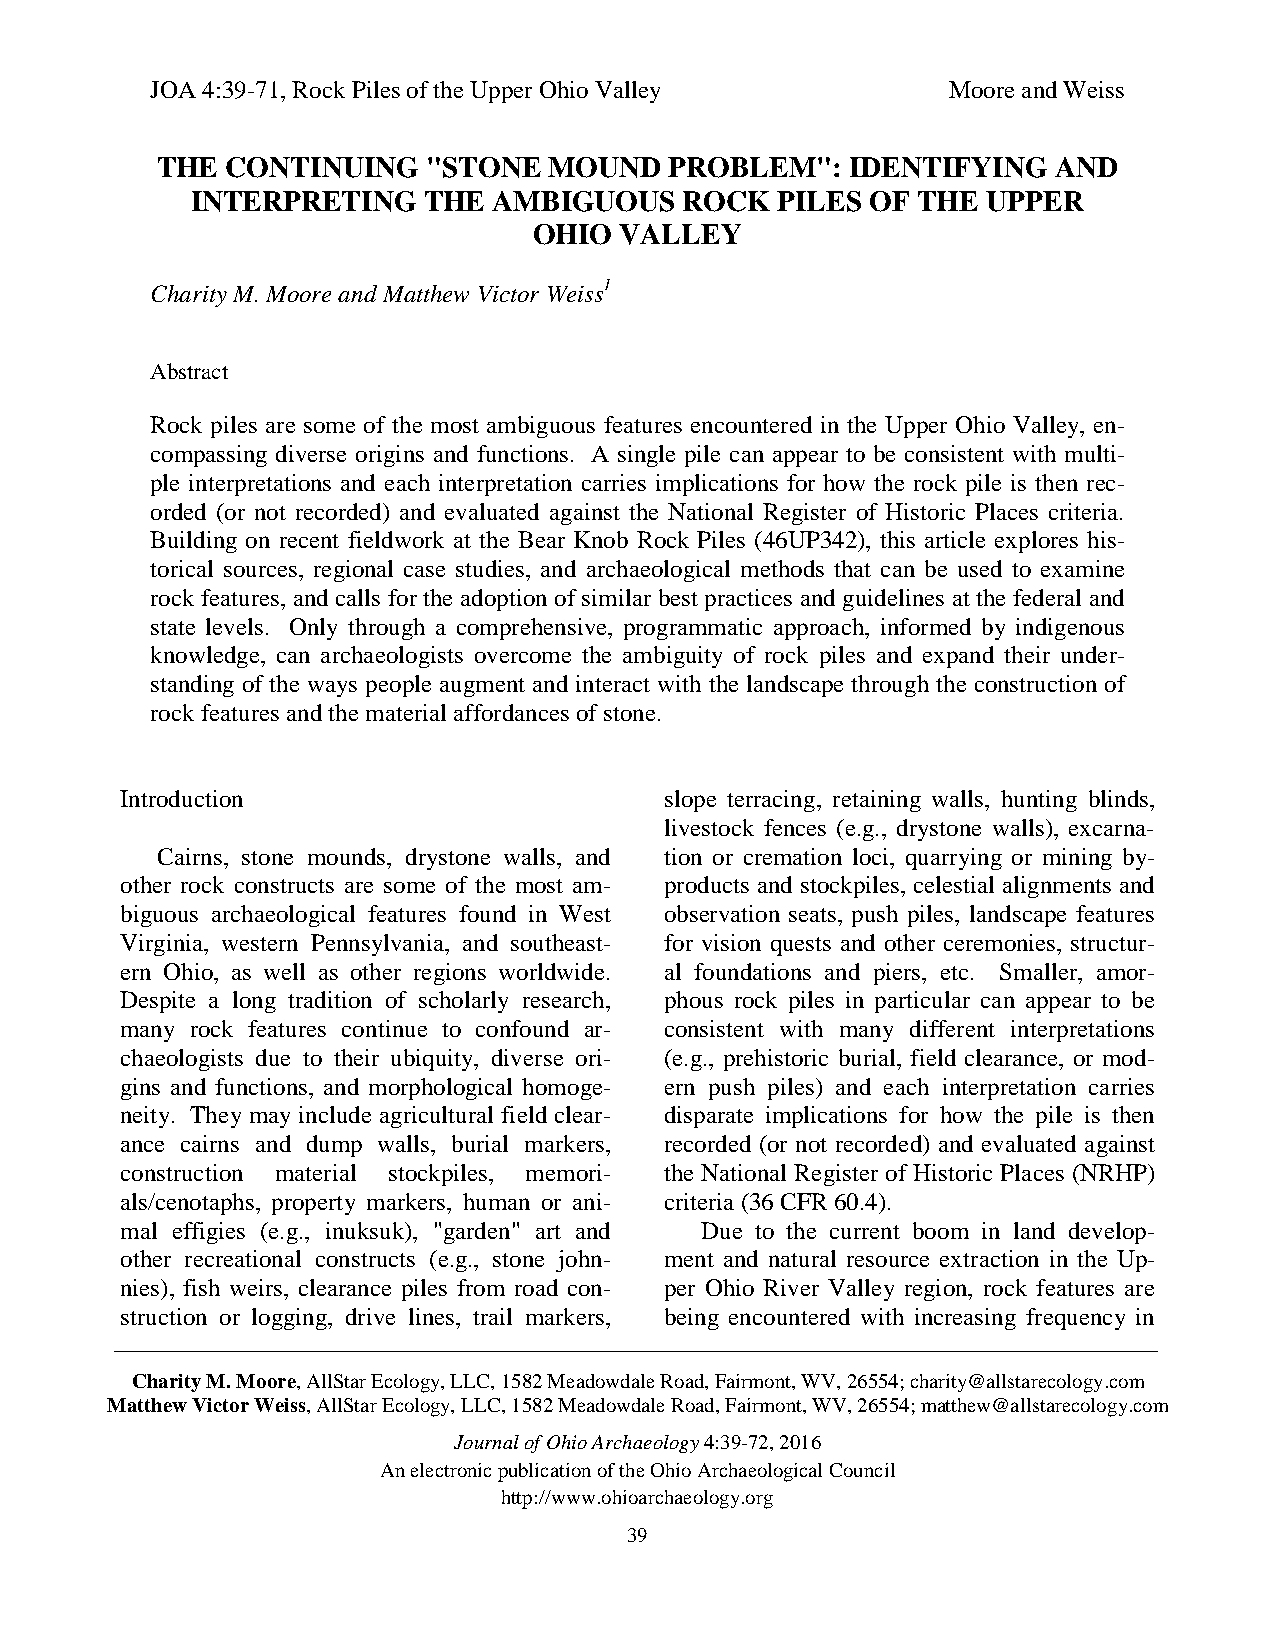
JOA 4:39-71, Rock Piles of the Upper Ohio Valley     Moore and Weiss
 THE  CONTINUING   "STONE  MOUND   PROBLEM":   IDENTIFYING   AND
 INTERPRETING   THE  AMBIGUOUS   ROCK   PILES OF THE UPPER
 OHIO  VALLEY
 Charity M. Moore and Matthew Victor Weiss1
 Abstract
 Rock piles are some of the most ambiguous features encountered in the Upper Ohio Valley, en-
 compassing diverse origins and functions. A single pile can appear to be consistent with multi-
 ple interpretations and each interpretation carries implications for how the rock pile is then rec-
 orded (or not recorded) and evaluated against the National Register of Historic Places criteria.
 Building on recent fieldwork at the Bear Knob Rock Piles (46UP342), this article explores his-
 torical sources, regional case studies, and archaeological methods that can be used to examine
 rock features, and calls for the adoption of similar best practices and guidelines at the federal and
 state levels. Only through a comprehensive, programmatic approach, informed by indigenous
 knowledge, can archaeologists overcome the ambiguity of rock piles and expand their under-
 standing of the ways people augment and interact with the landscape through the construction of
 rock features and the material affordances of stone.
 Introduction                        slope terracing, retaining walls, hunting blinds,
 livestock fences (e.g., drystone walls), excarna-
 Cairns, stone mounds, drystone walls, and tion or cremation loci, quarrying or mining by-
 other rock constructs are some of the most am- products and stockpiles, celestial alignments and
 biguous archaeological features found in West observation seats, push piles, landscape features
 Virginia, western Pennsylvania, and southeast- for vision quests and other ceremonies, structur-
 ern Ohio, as well as other regions worldwide. al foundations and piers, etc. Smaller, amor-
 Despite a long tradition of scholarly research, phous rock piles in particular can appear to be
 many rock features continue to confound ar- consistent with many different interpretations
 chaeologists due to their ubiquity, diverse ori- (e.g., prehistoric burial, field clearance, or mod-
 gins and functions, and morphological homoge- ern push piles) and each interpretation carries
 neity. They may include agricultural field clear- disparate implications for how the pile is then
 ance cairns and dump walls, burial markers, recorded (or not recorded) and evaluated against
 construction material stockpiles, memori- the National Register of Historic Places (NRHP)
 als/cenotaphs, property markers, human or ani- criteria (36 CFR 60.4).
 mal effigies (e.g., inuksuk), "garden" art and Due to the current boom in land develop-
 other recreational constructs (e.g., stone john- ment and natural resource extraction in the Up-
 nies), fish weirs, clearance piles from road con- per Ohio River Valley region, rock features are
 struction or logging, drive lines, trail markers, being encountered with increasing frequency in
 Charity M. Moore, AllStar Ecology, LLC, 1582 Meadowdale Road, Fairmont, WV, 26554; charity@allstarecology.com
 Matthew Victor Weiss, AllStar Ecology, LLC, 1582 Meadowdale Road, Fairmont, WV, 26554; matthew@allstarecology.com
 Journal of Ohio Archaeology 4:39-72, 2016
 An electronic publication of the Ohio Archaeological Council
 http://www.ohioarchaeology.org
 39